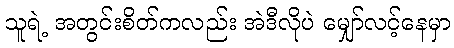
သူရဲ့ အတွင်းစိတ်ကလည်း အဲဒီလိုပဲ မျှော်လင့်နေမှာ